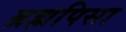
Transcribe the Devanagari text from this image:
ब्रह्मपिसा